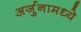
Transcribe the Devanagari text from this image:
अर्जुनामध्ये